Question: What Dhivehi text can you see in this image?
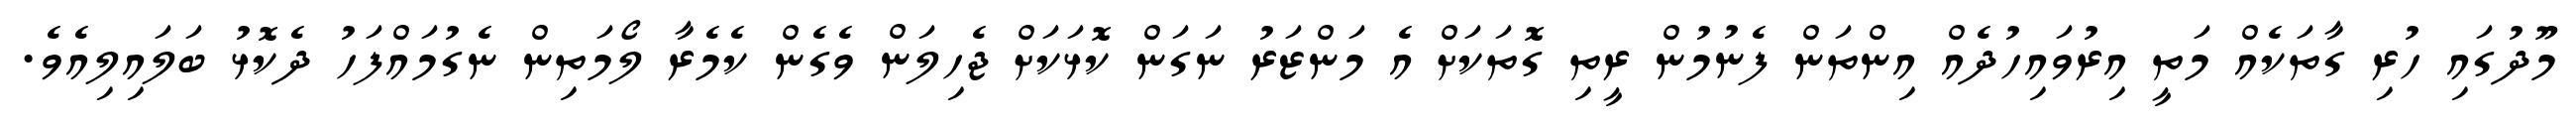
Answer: މޫދުގައި ހުރި ގާތަކެއް މަތީ އިރުވައިހުދެއް އިންތަން ފެނުމުން ރީތި ގޮތަކަށް އެ މަންޒަރު ނަގަން ކޮޅަކަށް ޖެހިލަން ވެގެން ކެމެރާ ލޯމަތިން ނެގުމައްފަހު ދެކޮޅު ބަލައިލިއެވެ.